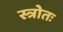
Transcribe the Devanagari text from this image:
स्त्रोतः